Vaccination in the Punjab 1897-1904 - 1897-1904
Year: 1897
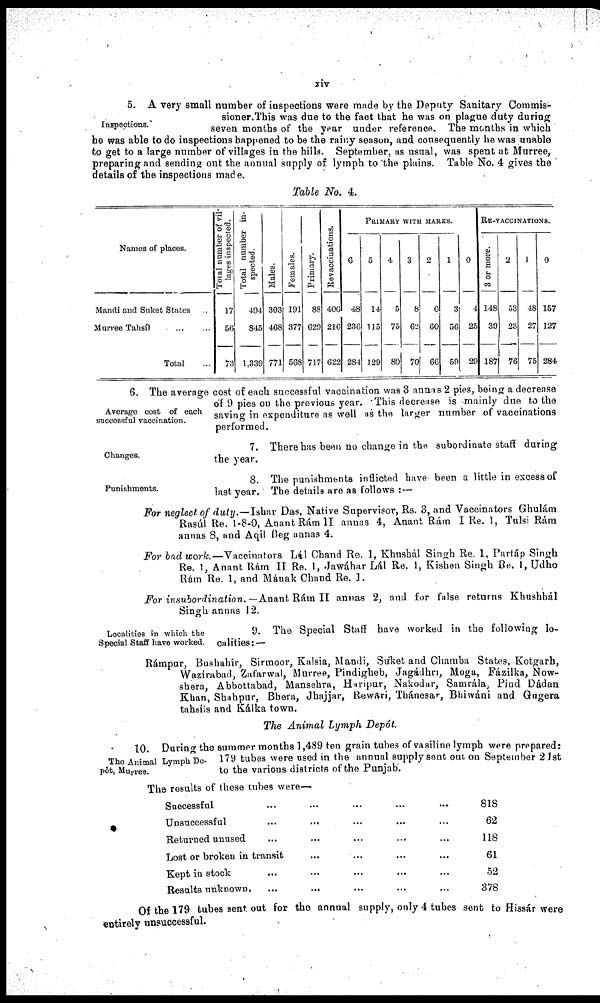
xiv
Inspections.
5. A very small number of inspections were made by the Deputy Sanitary Commis¬
sioner.This was due to the fact that he was on plague duty during
seven months of the year under reference. The months in which
he was able to do inspections happened to be the rainy season, and consequently he was unable
to get to a large number of villages in the hills. September, as usual, was spent at Murree,
preparing and sending out the annual supply of lymph to the plains. Table No. 4 gives the
details of the inspections made.
Table No. 4.
Names of places.
Mandi and Suket States ...
Murree Tahsíl ... ...
Total ...
Total number of vil-
lages inspected.
17
56
73
Total number in-
spected.
494
845
1,339
Males.
303
468
771
Females.
191
377
568
Primary.
88
629
717
Revaccmatjons.
406
216
622
PRIMARY WITH MARKS.
6
48
236
284
5
14
115
129
4
5
75
80
3
8
62
70
2
6
60
66
1
3
56
59
0
4
25
29
RE-VACCINATIONS.
3 or more.
148
39
187
2
53
23
76
1
48
27
75
0
157
127
284
Average cost of each
successful vaccination.
6. The average cost of each successful vaccination was 3 annas 2 pies, being a decrease
of 9 pies on the previous year. This decrease is mainly due to the
saving in expenditure as well as the larger number of vaccinations
performed.
Changes.
7. There has been no change in the subordinate staff during
the year.
Punishments.
8. The punishments inflicted have been a little in excess of
last year. The details are as follows :-—
For neglect of duty.—Ishar Das, Native Supervisor, Rs. 3, and Vaccinators Ghulám
Rasál Re. 1-8-0, Anant Rám II annas 4, Anant Rám I Re. 1, Tulsi Rám
annas 8, and Aqil Beg annas 4.
For bad work.—Vaccinators
Lál Chand Re. 1, Khushál Singh Re. 1, Partáp Singh
Re. 1, Anant Rám II Re. 1, Jawáhar Lál Re. 1, Kishen Singh Be. 1, Udho
Rám Re. 1, and Mának Chand Re. 1.
For insubordination.— Anant Rám II annas 2, and for false returns Khushhál
Singh annas 12.
Localities in which the
Special Staff have worked.
9. The Special Staff have worked in the following lo-
calities:—
Rámpur, Bushahír, Sirmoor, Kalsia, Mandi, Suket and Chamba States, Kotgarh,
Wazírabad, Zafarwal, Murree, Pindigheb, Jagádhri, Moga, Fázilka, Now¬
shera, Abbottabad, Mansehra, Huripur, Nakodar, Samrála, Pind Dádan
Khan, Shahpur, Bhera, Jhajjar, Rewftri, Tbánesar, Bhiwáni and Gugera
tahaíls and Kálka town.
The Animal Lymph Depot.
The Animal Lymph De-
pôt, Murree.
10. During the summer months 1,489 ten grain tubes of vasiline lymph were prepared:
179 tubes were used in the annual supply sent out on September 21st
to the various districts of the Punjab.
The results of these tubes were—
Successful ... ... ... ... ... ...
Unsuccessful ... ... ... ... ... ...
Returned unused ... ... ... ... ... ...
Lost or broken in transit ... ... ... ... ...
Kept in stock ... ... ... ... ... ...
Results unknown, ... ... ... ... ... ...
818
62
118
61
52
378
Of the 179 tubes sent out for the annual supply, only 4 tubes sent to Hissár were
entirely unsuccessful.